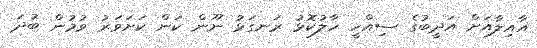
އާއިލާއަށް އަދީބުގެ ސިއްހީ ހާލުކޮޅު ރަނގަޅު ނޫން ކަން ކަށަވަރު ވުމުން ބުދަ